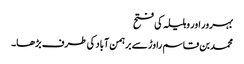
بہرور اور وہلیلہ کی فتح
محمد بن قاسم راوڑ سے برہمن آباد کی طرف بڑھا۔